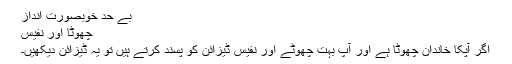
بے حد خوبصورت انداز
چھوٹا اور نفیس
اگر آپکا خاندان چھوٹا ہے اور آپ بہت چھوٹے اور نفیس ڈیزائن کو پسند کرتے ہیں تو یہ ڈیزائن دیکھیں۔